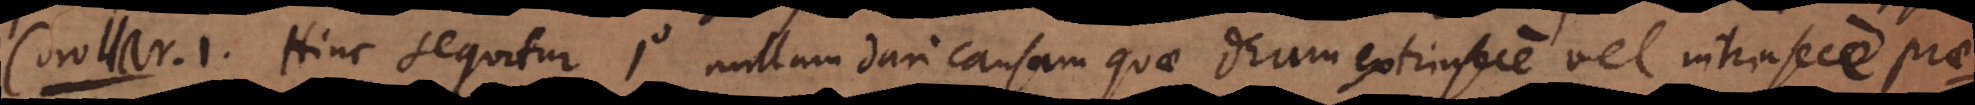
m 1. Hinc sequitur 1 nullam dari causam quae Deum extrinsece vel intrinsece prae